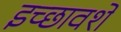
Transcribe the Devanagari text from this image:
इच्छावशें